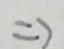
\Rightarrow